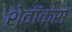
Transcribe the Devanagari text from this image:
शेवॉक्स